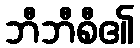
ဘီဘီစီ၏